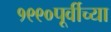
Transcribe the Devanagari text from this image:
१९९०पूर्वीच्या